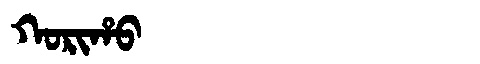
Manchu: ᡴᠣᡵᡳᡥᠣ
Romanization: KORIHO